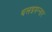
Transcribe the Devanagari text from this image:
थलइमन्‍नार